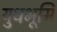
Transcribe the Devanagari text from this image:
युधभूमि